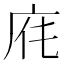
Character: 𢈄